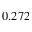
0 . 2 7 2